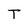
Character: T